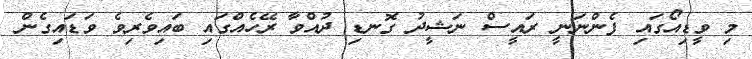
މި ވީޑިއޯގައި ފެންނަނީ ރައީސް ނަޝީދު ގޮނޑި ދުއްވާ ރޭހެއްގައި ބައިވެރިވެ ވަޑައިގެން